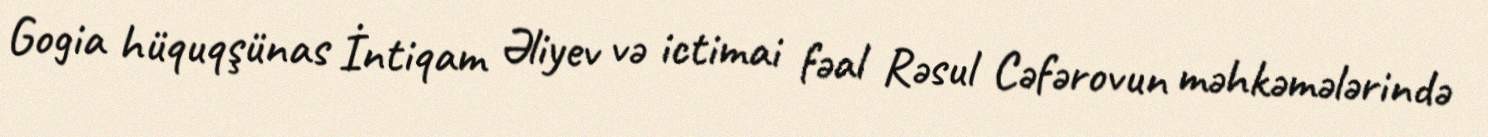
Gogia hüquqşünas İntiqam Əliyev və ictimai fəal Rəsul Cəfərovun məhkəmələrində